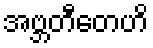
အဗ္ဘတီတေဟိ